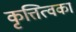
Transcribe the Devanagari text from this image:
कृत्तित्वका